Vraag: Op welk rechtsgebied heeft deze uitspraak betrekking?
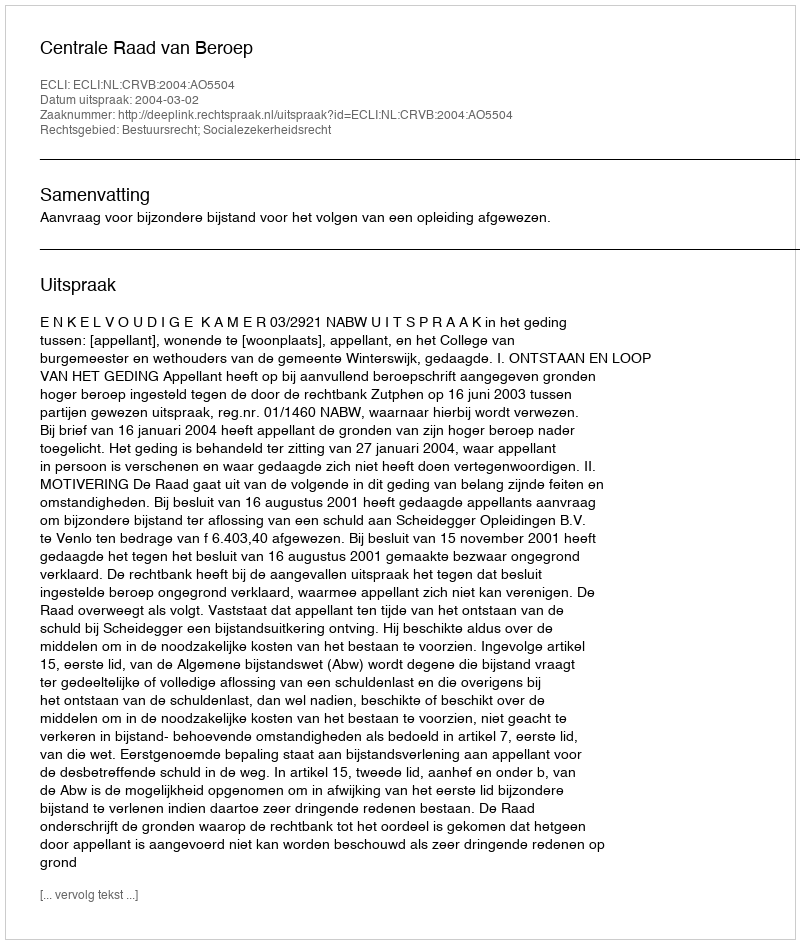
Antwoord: Bestuursrecht; Socialezekerheidsrecht